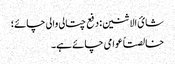
شائ الاثنین: دفع چتالی والی چائے؛
خالصتاً عوامی چائے ہے۔